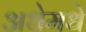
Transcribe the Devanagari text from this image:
अधेमधे